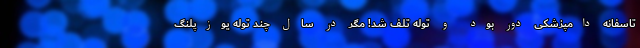
تاسفانه دامپزشکی دور بود و توله تلف شد! مگر در سال چند توله یوزپلنگ